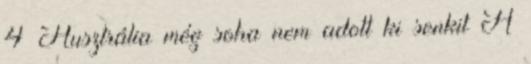
4 Ausztrália még soha nem adott ki senkit A